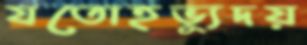
যতোহভ্যুদয়